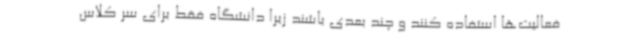
فعالیت‌ها استفاده کنند و چند بعدی باشند زیرا دانشگاه فقط برای سر کلاس